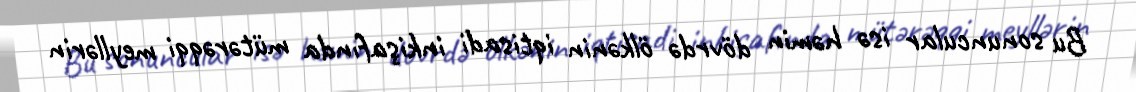
Bu sonuncular isə həmin dövrdə ölkənin iqtisadi inkişafında mütərəqqi meyllərin